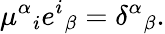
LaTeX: \mu^{\alpha}{}_{i}e^{i}{}_{\beta}=\delta^{\alpha}{}_{\beta}.